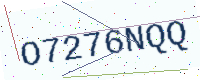
Text: O7276NQQ